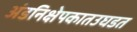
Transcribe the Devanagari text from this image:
अंडनिक्षेपकातउघडत